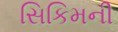
સિકિમની